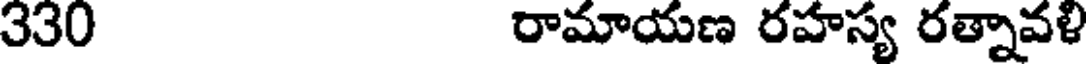
330 రామాయణ రహస్య రత్నావళి